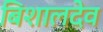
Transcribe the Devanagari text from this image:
बिशालदेव